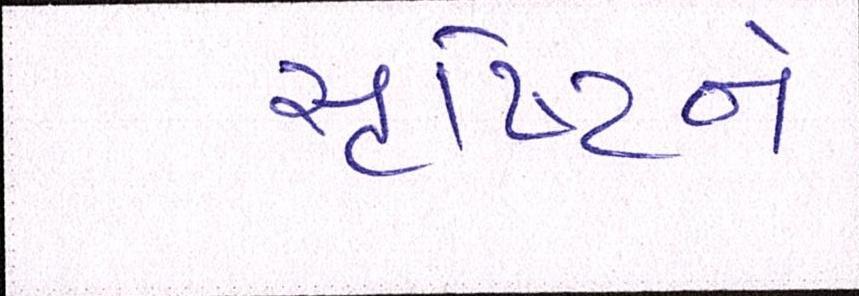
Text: સૃષ્ટિને